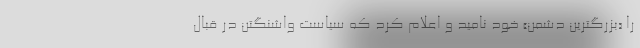
را «بزرگترین دشمن» خود نامید و اعلام کرد که سیاست واشنگتن در قبال